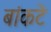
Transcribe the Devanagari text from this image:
बांकटे